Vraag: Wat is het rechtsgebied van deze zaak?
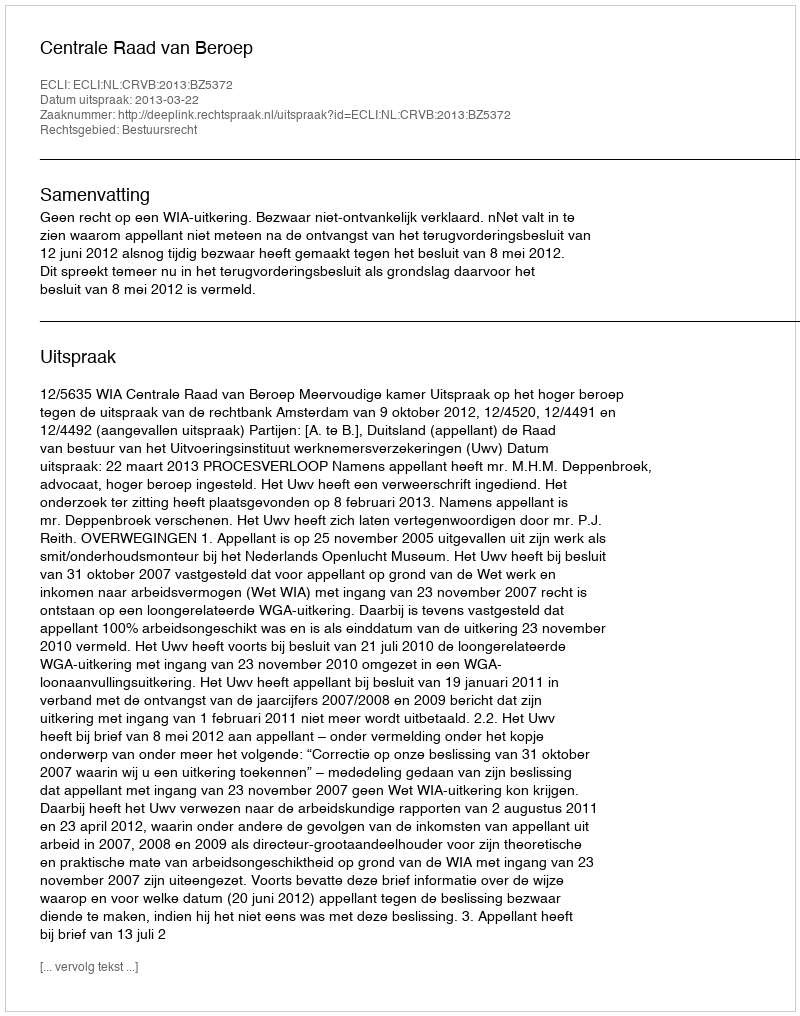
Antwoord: Bestuursrecht